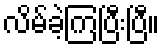
လိမ်ခဲ့ကြပြီးပြီ။